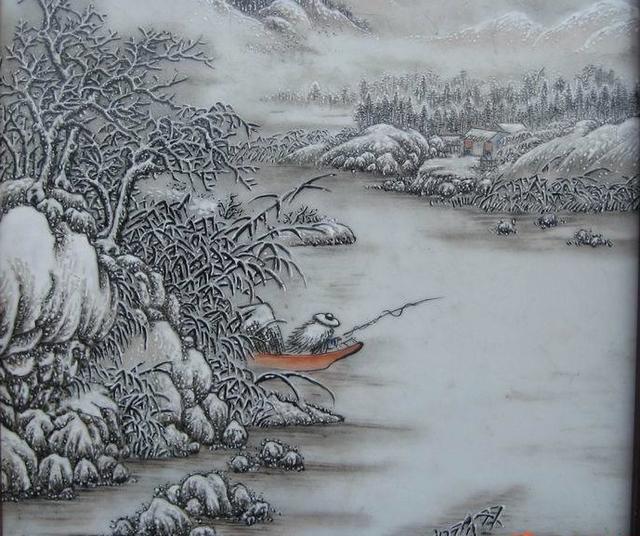
看雪飞苹底芦梢，未如鬓白。